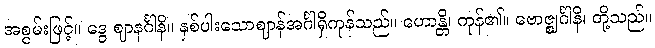
အစွမ်းဖြင့်။ ဒွေ ဈာနင်္ဂါနိ။ နှစ်ပါးသောဈာန်အင်္ဂါရှိကုန်သည်။ ဟောန္တိ၊ ကုန်၏။ ဗောဇ္ဈင်္ဂါနိ၊ တို့သည်။